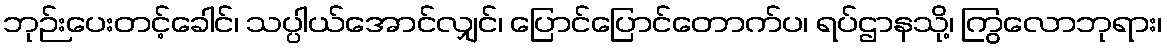
ဘုဉ်းပေးတင့်ခေါင်၊ သပ္ပါယ်အောင်လျှင်၊ ပြောင်ပြောင်တောက်ပ၊ ရပ်ဌာနသို့၊ ကြွလောဘုရား၊